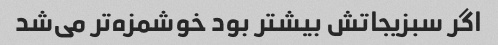
اگر سبزیجاتش بیشتر بود خوشمزه‌تر می‌شد